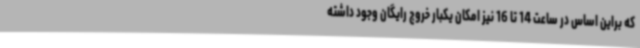
که براین اساس در ساعت 14 تا 16 نیز امکان یکبار خروج رایگان وجود داشته